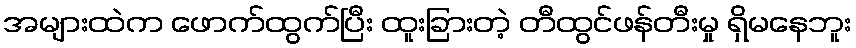
အများထဲက ဖောက်ထွက်ပြီး ထူးခြားတဲ့ တီထွင်ဖန်တီးမှု ရှိမနေဘူး